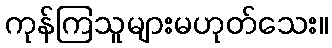
ကုန်ကြသူများမဟုတ်သေး။